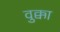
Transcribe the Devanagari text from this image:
वुक्का